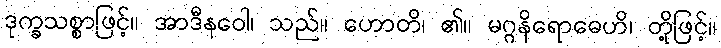
ဒုက္ခသစ္စာဖြင့်။ အာဒီနဝေါ၊ သည်။ ဟောတိ၊ ၏။ မဂ္ဂနိရောဓေဟိ၊ တို့ဖြင့်။